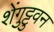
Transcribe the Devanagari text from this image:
शेंगुट्टुवन